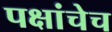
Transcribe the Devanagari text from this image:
पक्षांचेच